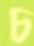
চ